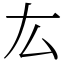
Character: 厷